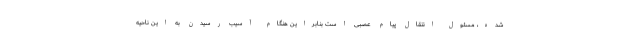
شده، مسئول انتقال پیام عصبی است بنابراین هنگام آسیب رسیدن به این ناحیه